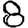
Digit: 8